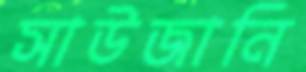
সাউজানি